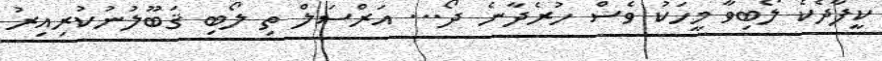
ކީފާދެކެ ލޯބިވާ މީހަކު ވެސް ހުރެދާނެ ދޯ... އަރްސަލް ތި ލޯބި ޤަބޫލުނުކުރިއިރު